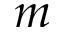
m